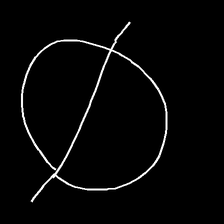
Glyph: orb